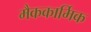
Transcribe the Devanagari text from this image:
मैककार्मिक